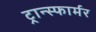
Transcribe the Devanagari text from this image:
ट्रान्स्फार्मर